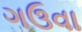
ગઉવા